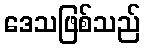
ဒေသဖြစ်သည်